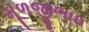
મૂળજીભાઇ